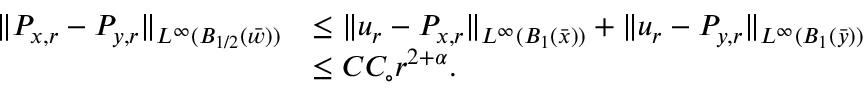
\begin{array} { r l } { \| P _ { x , r } - P _ { y , r } \| _ { L ^ { \infty } ( B _ { 1 / 2 } ( \bar { w } ) ) } } & { \leq \| u _ { r } - P _ { x , r } \| _ { L ^ { \infty } ( B _ { 1 } ( \bar { x } ) ) } + \| u _ { r } - P _ { y , r } \| _ { L ^ { \infty } ( B _ { 1 } ( \bar { y } ) ) } } \\ & { \leq C C _ { \circ } r ^ { 2 + \alpha } . } \end{array}